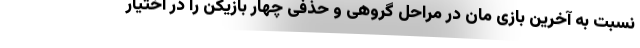
نسبت به آخرین بازی مان در مراحل گروهی و حذفی چهار بازیکن را در اختیار